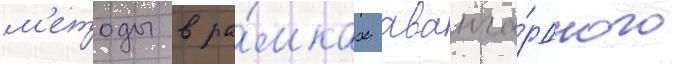
м'етоды в ра́мках аванга́рдного